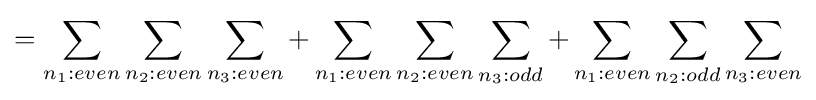
=\sum _{n_{1}:even}\sum _{n_{2}:even}\sum _{n_{3}:even}+\sum _{n_{1}:even}\sum _{n_{2}:even}\sum _{n_{3}:odd}+\sum _{n_{1}:even}\sum _{n_{2}:odd}\sum _{n_{3}:even}